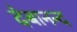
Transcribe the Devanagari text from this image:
देबानन्द